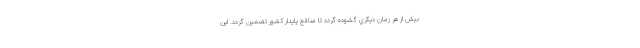
بيش از هر زمان ديگري گشوده گردد تا منافع پايدار كشور تضمين گردد. اين